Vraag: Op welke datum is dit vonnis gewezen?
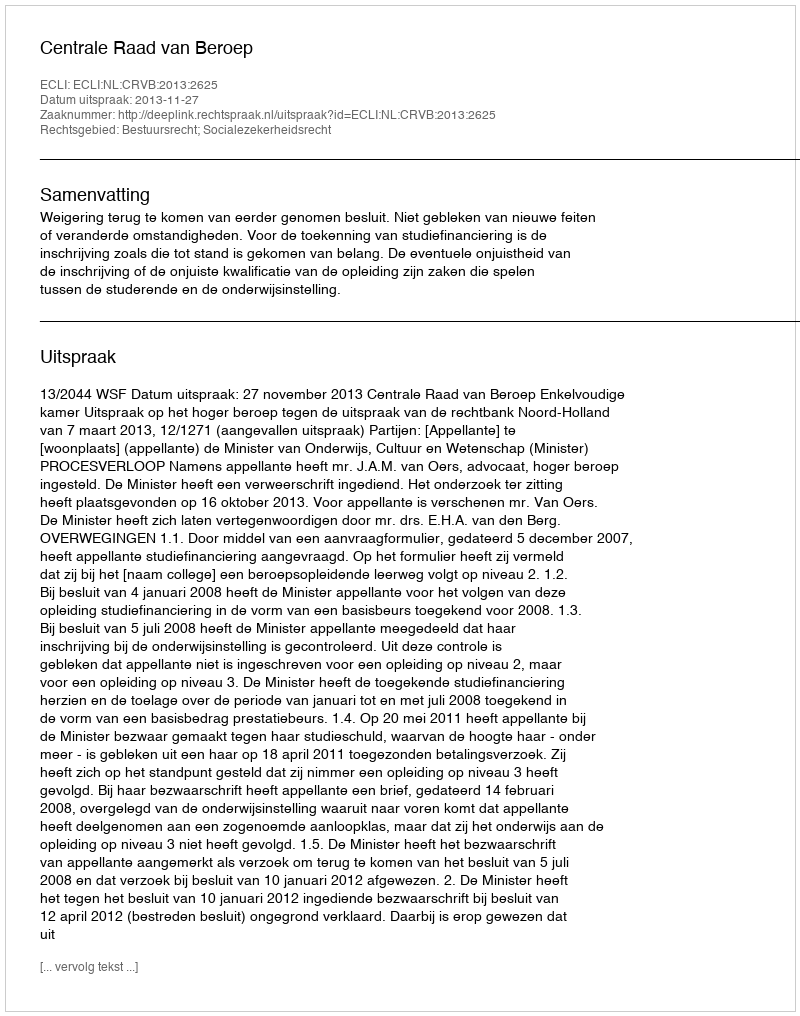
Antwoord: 2013-11-27